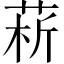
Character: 菥